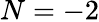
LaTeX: N=-2